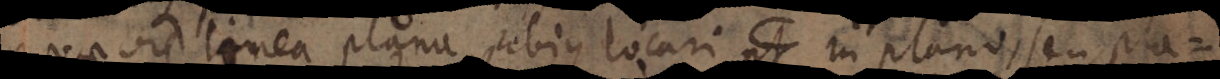
quaevis linea plana rebique locari pt in plano, seu pla-